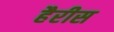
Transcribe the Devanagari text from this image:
हैरीस